Laidoner,_Johan, lk 106
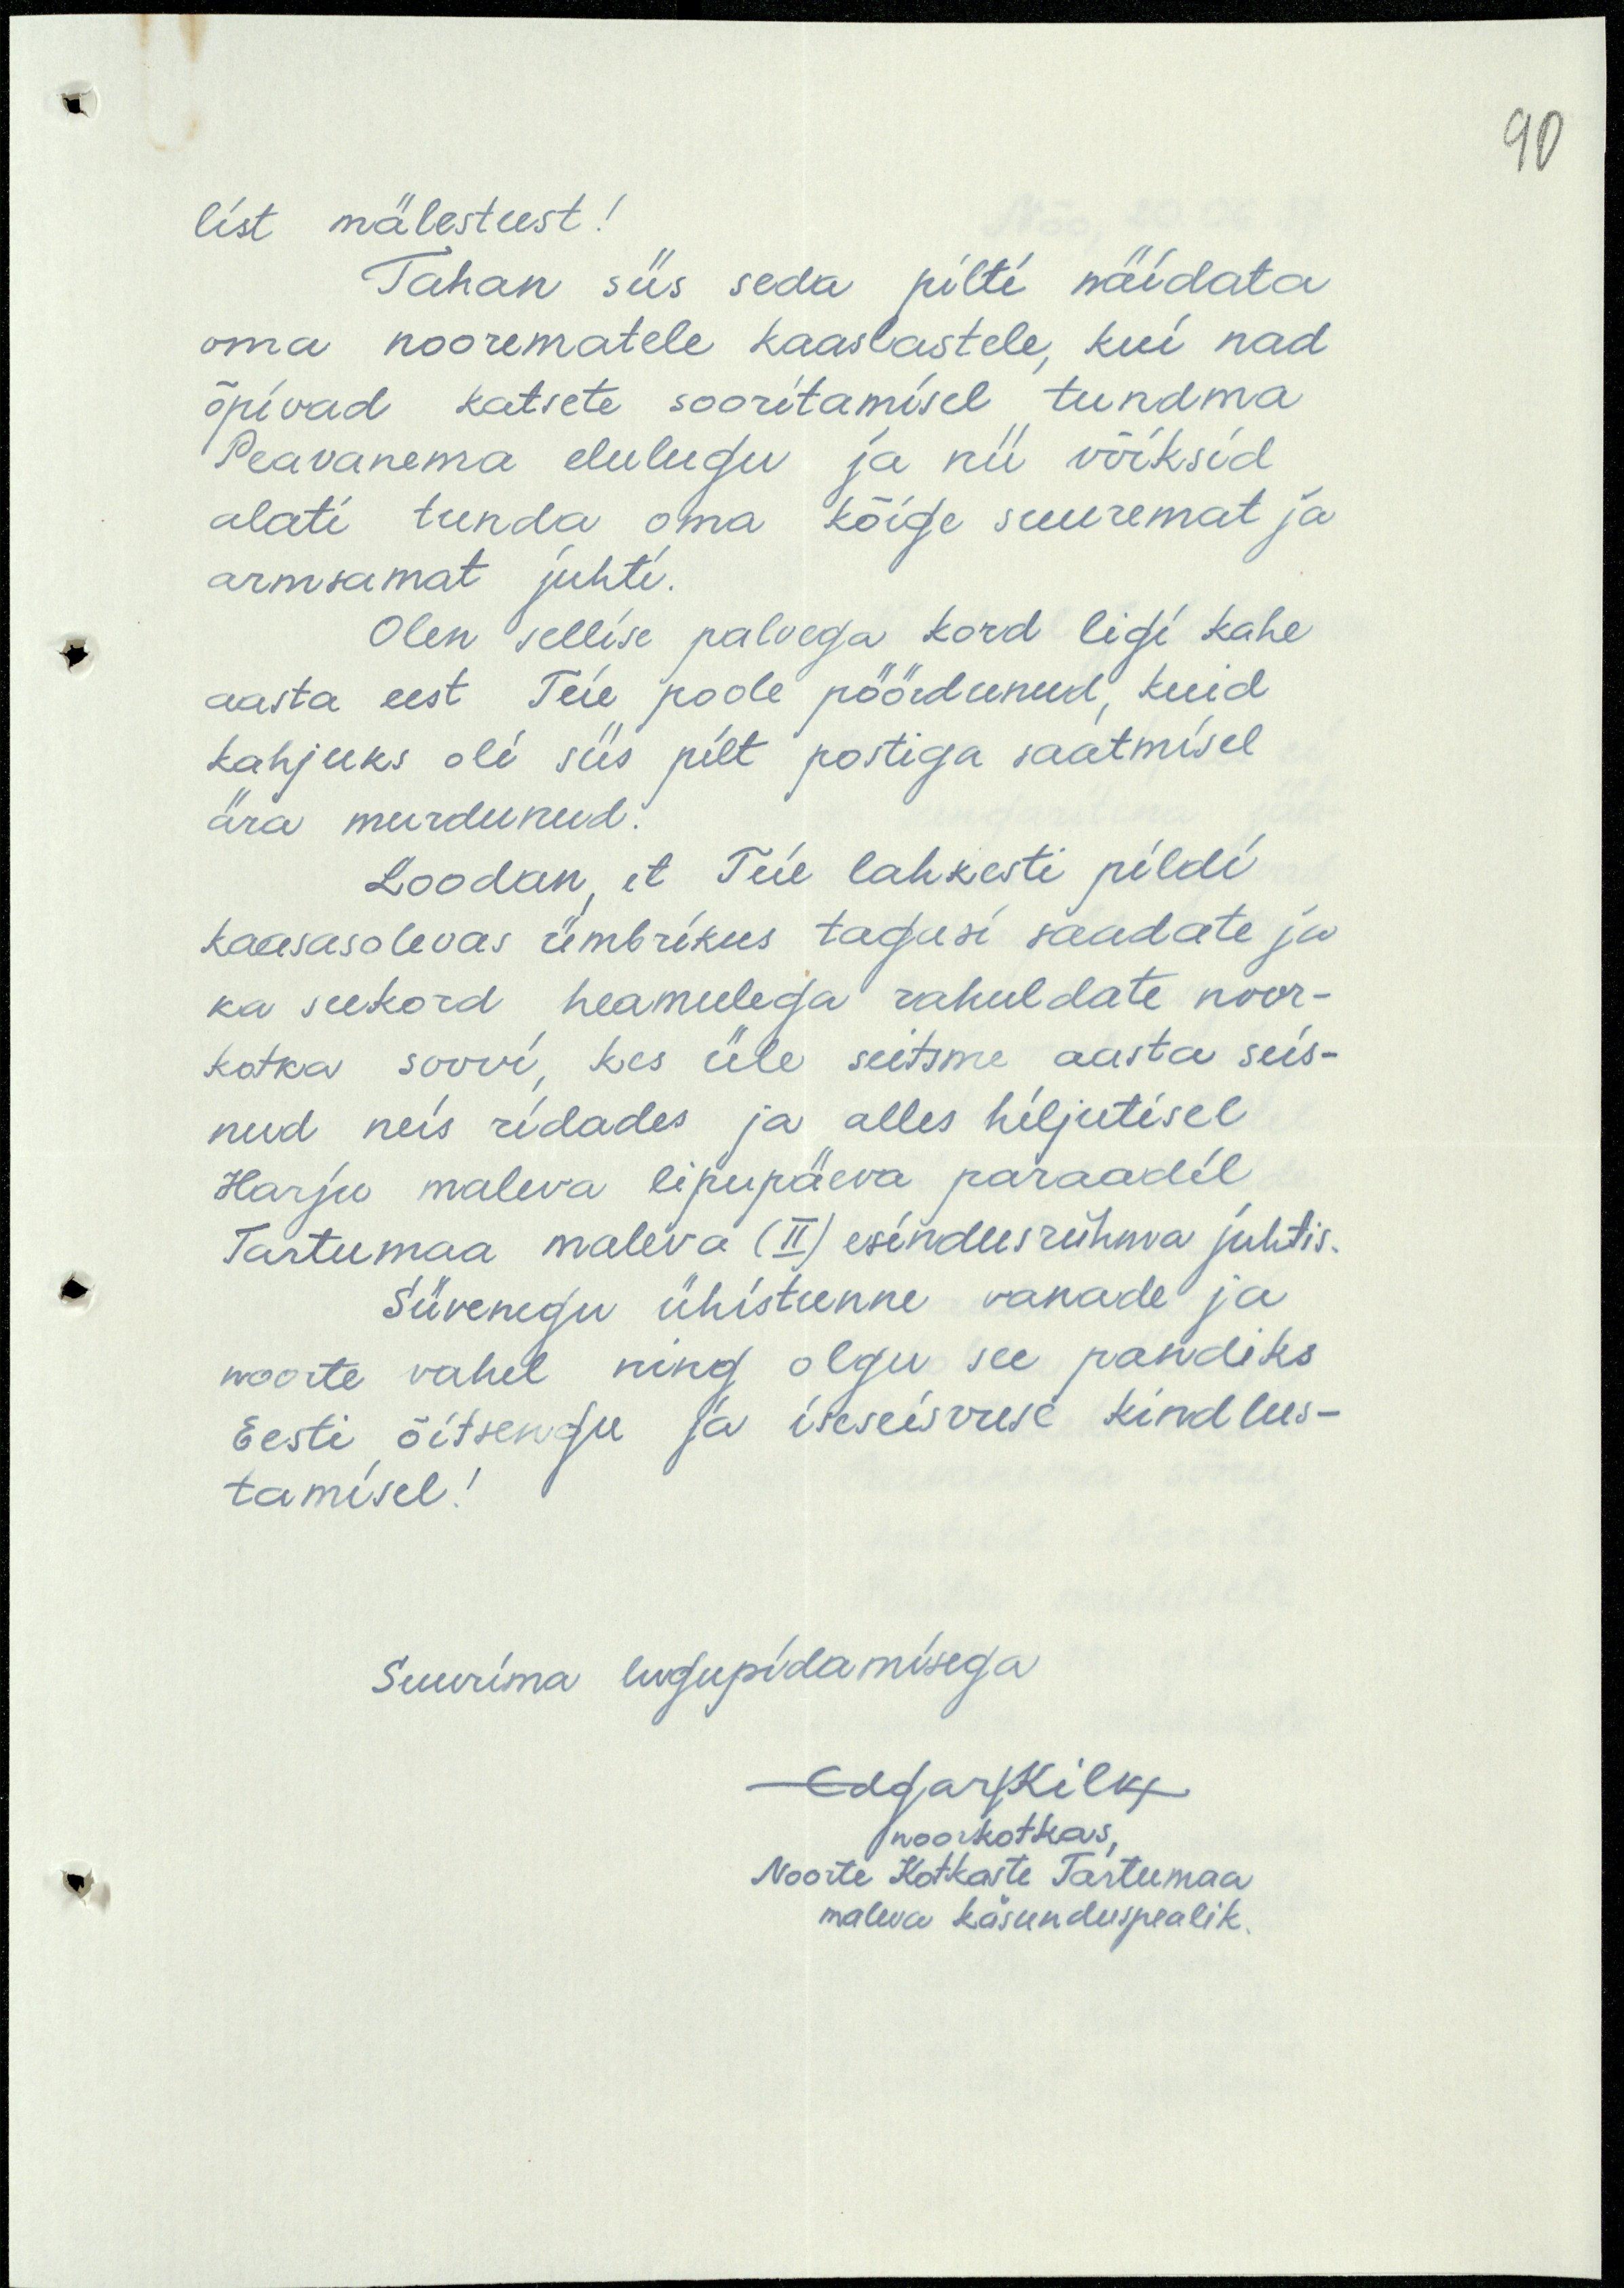
90

list mälestust!
Tahan siis seda pilti näidata
oma noorematele kaaslastele, kui nad
õpivad katsete sooritamisel tundma
Peavanema elulugu ja nii võiksid
alati tunda, oma kõige suuremat ja
armsamat juhti.
Olen sellise palvega kord ligi kahe
aasta eest Teie poole pöördunud, kuid
kahjuks oli siis pilt postiga saatmisel
ära murdunud.
Loodan, et Teie lahkesti pildi
kaasasolevas ümbrikus tagasi saadate ja
ka seekord heameelega rahuldate noor-
kotka soovi, kes üle seitsme aasta seis-
nud neis ridades ja alles hiljutisel
Harju maleva lipupäeva paraadil
Tartumaa maleva (II) esindusrühma juhtis.
Süvenegu ühistunne vanade ja
noorte vahel ning olgu see pandiks
Eesti õitsengu ja iseseisvuse kindlus-
tamisel!
Suurima lugupidamisega
Edgar Kilk
noorkotkas,
Noorte Kotkaste Tartumaa
maleva käsunduspealik.